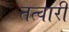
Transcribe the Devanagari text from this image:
तत्वारी